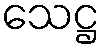
သေဋ္ဌ